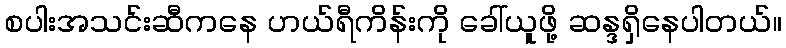
စပါးအသင်းဆီကနေ ဟယ်ရီကိန်းကို ခေါ်ယူဖို့ ဆန္ဒရှိနေပါတယ်။